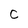
Character: C